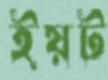
ইয়ট